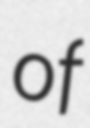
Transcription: of